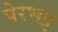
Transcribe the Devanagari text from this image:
पेरभट्ट